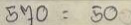
570 = 50